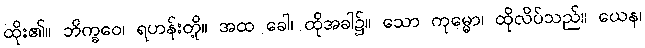
ထိုး၏။ ဘိက္ခဝေ၊ ရဟန်းတို့။ အထ ခေါ၊ ထိုအခါ၌။ သော ကုမ္မော၊ ထိုလိပ်သည်။ ယေန၊